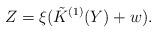
LaTeX: \begin{align*} Z= \xi (\tilde { K}^{(1)}(Y) + w).\end{align*}